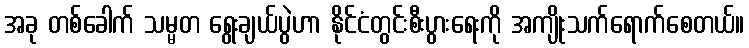
အခု တစ်ခေါက် သမ္မတ ရွေးချယ်ပွဲဟာ နိုင်ငံတွင်းစီးပွားရေးကို အကျိုးသက်ရောက်စေတယ်။